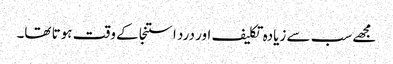
مجھے سب سے زیادہ تکلیف اور درد استنجا کے وقت ہوتا تھا۔